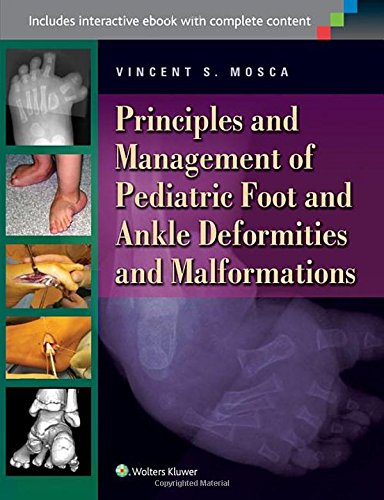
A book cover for Principles and Management of Pediatric Foot and Ankle Deformities and Malformations; Vincent S Mosca MD; Medical Books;